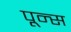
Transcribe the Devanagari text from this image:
पून्स